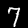
Label: 7